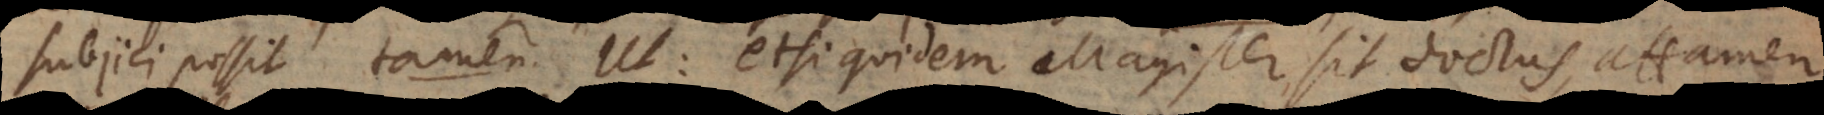
subjici possit tamen. Ut: etsi quidem Magister sit doctus, attamen